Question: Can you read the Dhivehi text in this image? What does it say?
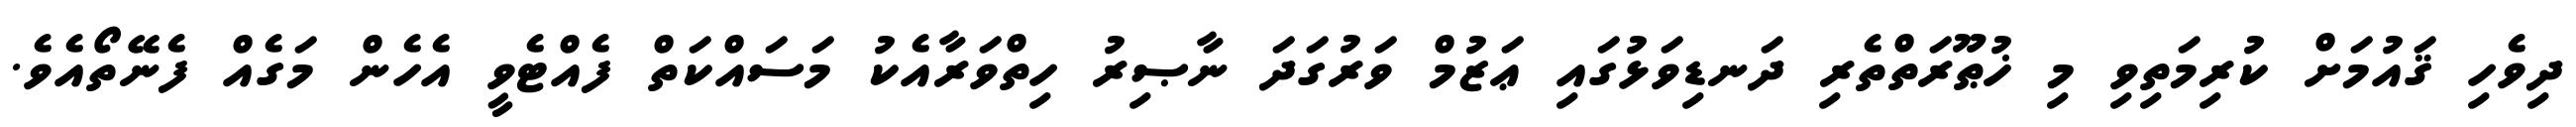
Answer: ދިވެހި ޤައުމަށް ކުރިމަތިވި މި ޚުޠޫރަތްތެރި ދަނޑިވަޅުގައި ޢަޒުމް ވަރުގަދަ ނާޞިރު ހިތްވަރާއެކު މަސައްކަތް ފެއްޓެވީ އެހެން މަގެއް ފެނޭތޯއެވެ.